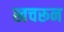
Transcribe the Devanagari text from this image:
खचरून